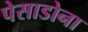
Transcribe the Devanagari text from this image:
पेसाडोना